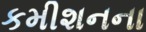
કમીશનના